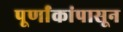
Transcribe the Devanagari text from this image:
पूर्णांकांपासून